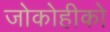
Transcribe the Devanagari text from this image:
जोकोहीको